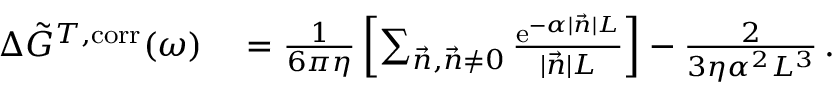
\begin{array} { r l } { \Delta \Tilde { G } ^ { T , \mathrm { c o r r } } ( \omega ) } & { { } = \frac { 1 } { 6 \pi \eta } \left[ \sum _ { \vec { n } , \vec { n } \neq 0 } \frac { \mathrm { e } ^ { - \alpha \vert \vec { n } \vert L } } { \vert \vec { n } \vert L } \right] - \frac { 2 } { 3 \eta \alpha ^ { 2 } L ^ { 3 } } \, . } \end{array}